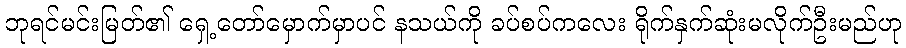
ဘုရင်မင်းမြတ်၏ ရှေ့တော်မှောက်မှာပင် နသယ်ကို ခပ်စပ်ကလေး ရိုက်နှက်ဆုံးမလိုက်ဦးမည်ဟု